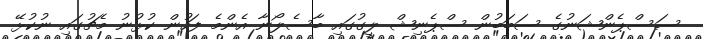
ސަސްޕެންޝަނުގެ ސަބަބުން ސްޕެނިޝް ލީގުގައި ބާސެލޯނާ އެންމެ ފަހުން ކުޅުނު މެޗުގައި ނުކުޅޭ